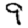
Digit: 9